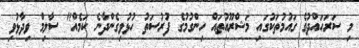
މި ސަރަހައްދުގެ ގައުމުތަކުގައި މަޝްރޫއުތައް ހިންގުމުގެ ފުރުސަތު ހުޅުވިގެންދާނެ ކަމެއް" ސާލިމް ވިދާޅުވި